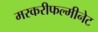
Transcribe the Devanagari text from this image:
मरकरीफल्मीनेट